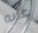
عليه